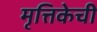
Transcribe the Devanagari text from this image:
मृत्तिकेची